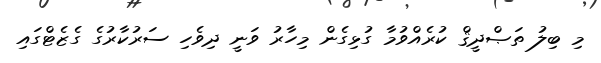
މި ބިލު ތަޞްދީޤް ކުރެއްވުމާ ގުޅިގެން މިހާރު ވަނީ ދިވެހި ސަރުކާރުގެ ގެޒެޓްގައި